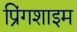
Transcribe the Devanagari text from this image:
प्रिंगशाइम